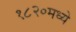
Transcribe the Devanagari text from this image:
१८२०मध्ये